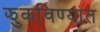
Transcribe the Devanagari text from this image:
झुकविण्यात